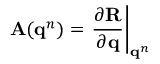
\mathbf { A } ( \mathbf { q } ^ { n } ) = \left. \frac { \partial \mathbf { R } } { \partial \mathbf { q } } \right| _ { \mathbf { q } ^ { n } }